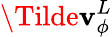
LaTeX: \Tilde{\mathbf{v}}_{\phi}^{L}